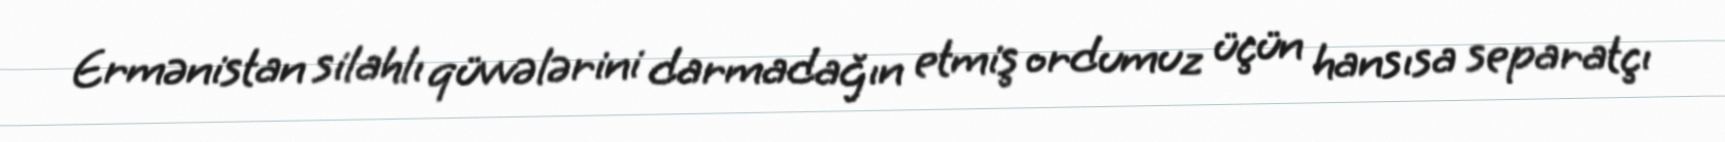
Ermənistan silahlı qüvvələrini darmadağın etmiş ordumuz üçün hansısa separatçı